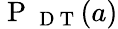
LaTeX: \mathrm{~P~}_{\mathrm{~D~T~}}(a)